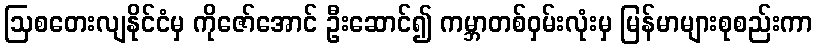
ဩစတေးလျနိုင်ငံမှ ကိုဇော်အောင် ဦးဆောင်၍ ကမ္ဘာတစ်ဝှမ်းလုံးမှ မြန်မာများစုစည်းကာ